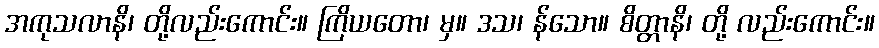
အကုသလာနိ၊ တို့လည်းကောင်း။ ကြိယတော၊ မှ။ ဒသ၊ န်သော။ စိတ္တာနိ၊ တို့ လည်းကောင်း။